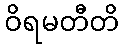
ဝိရမတီတိ